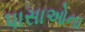
પાસાઓના